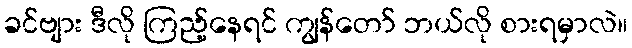
ခင်ဗျား ဒီလို ကြည့်နေရင် ကျွန်တော် ဘယ်လို စားရမှာလဲ။